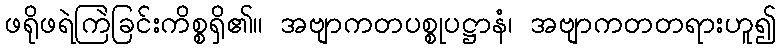
ဖရိုဖရဲကြဲခြင်းကိစ္စရှိ၏။ အဗျာကတပစ္စုပဋ္ဌာနံ၊ အဗျာကတတရားဟူ၍